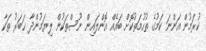
ކުރަމުން އަންނަ ކަމުގެ ތުހުމަތުކޮށް ބައެއް އޮންލައިން ނޫސްތަކުން ލިޔަމުންދާ ޚަބަރު ތަކާ